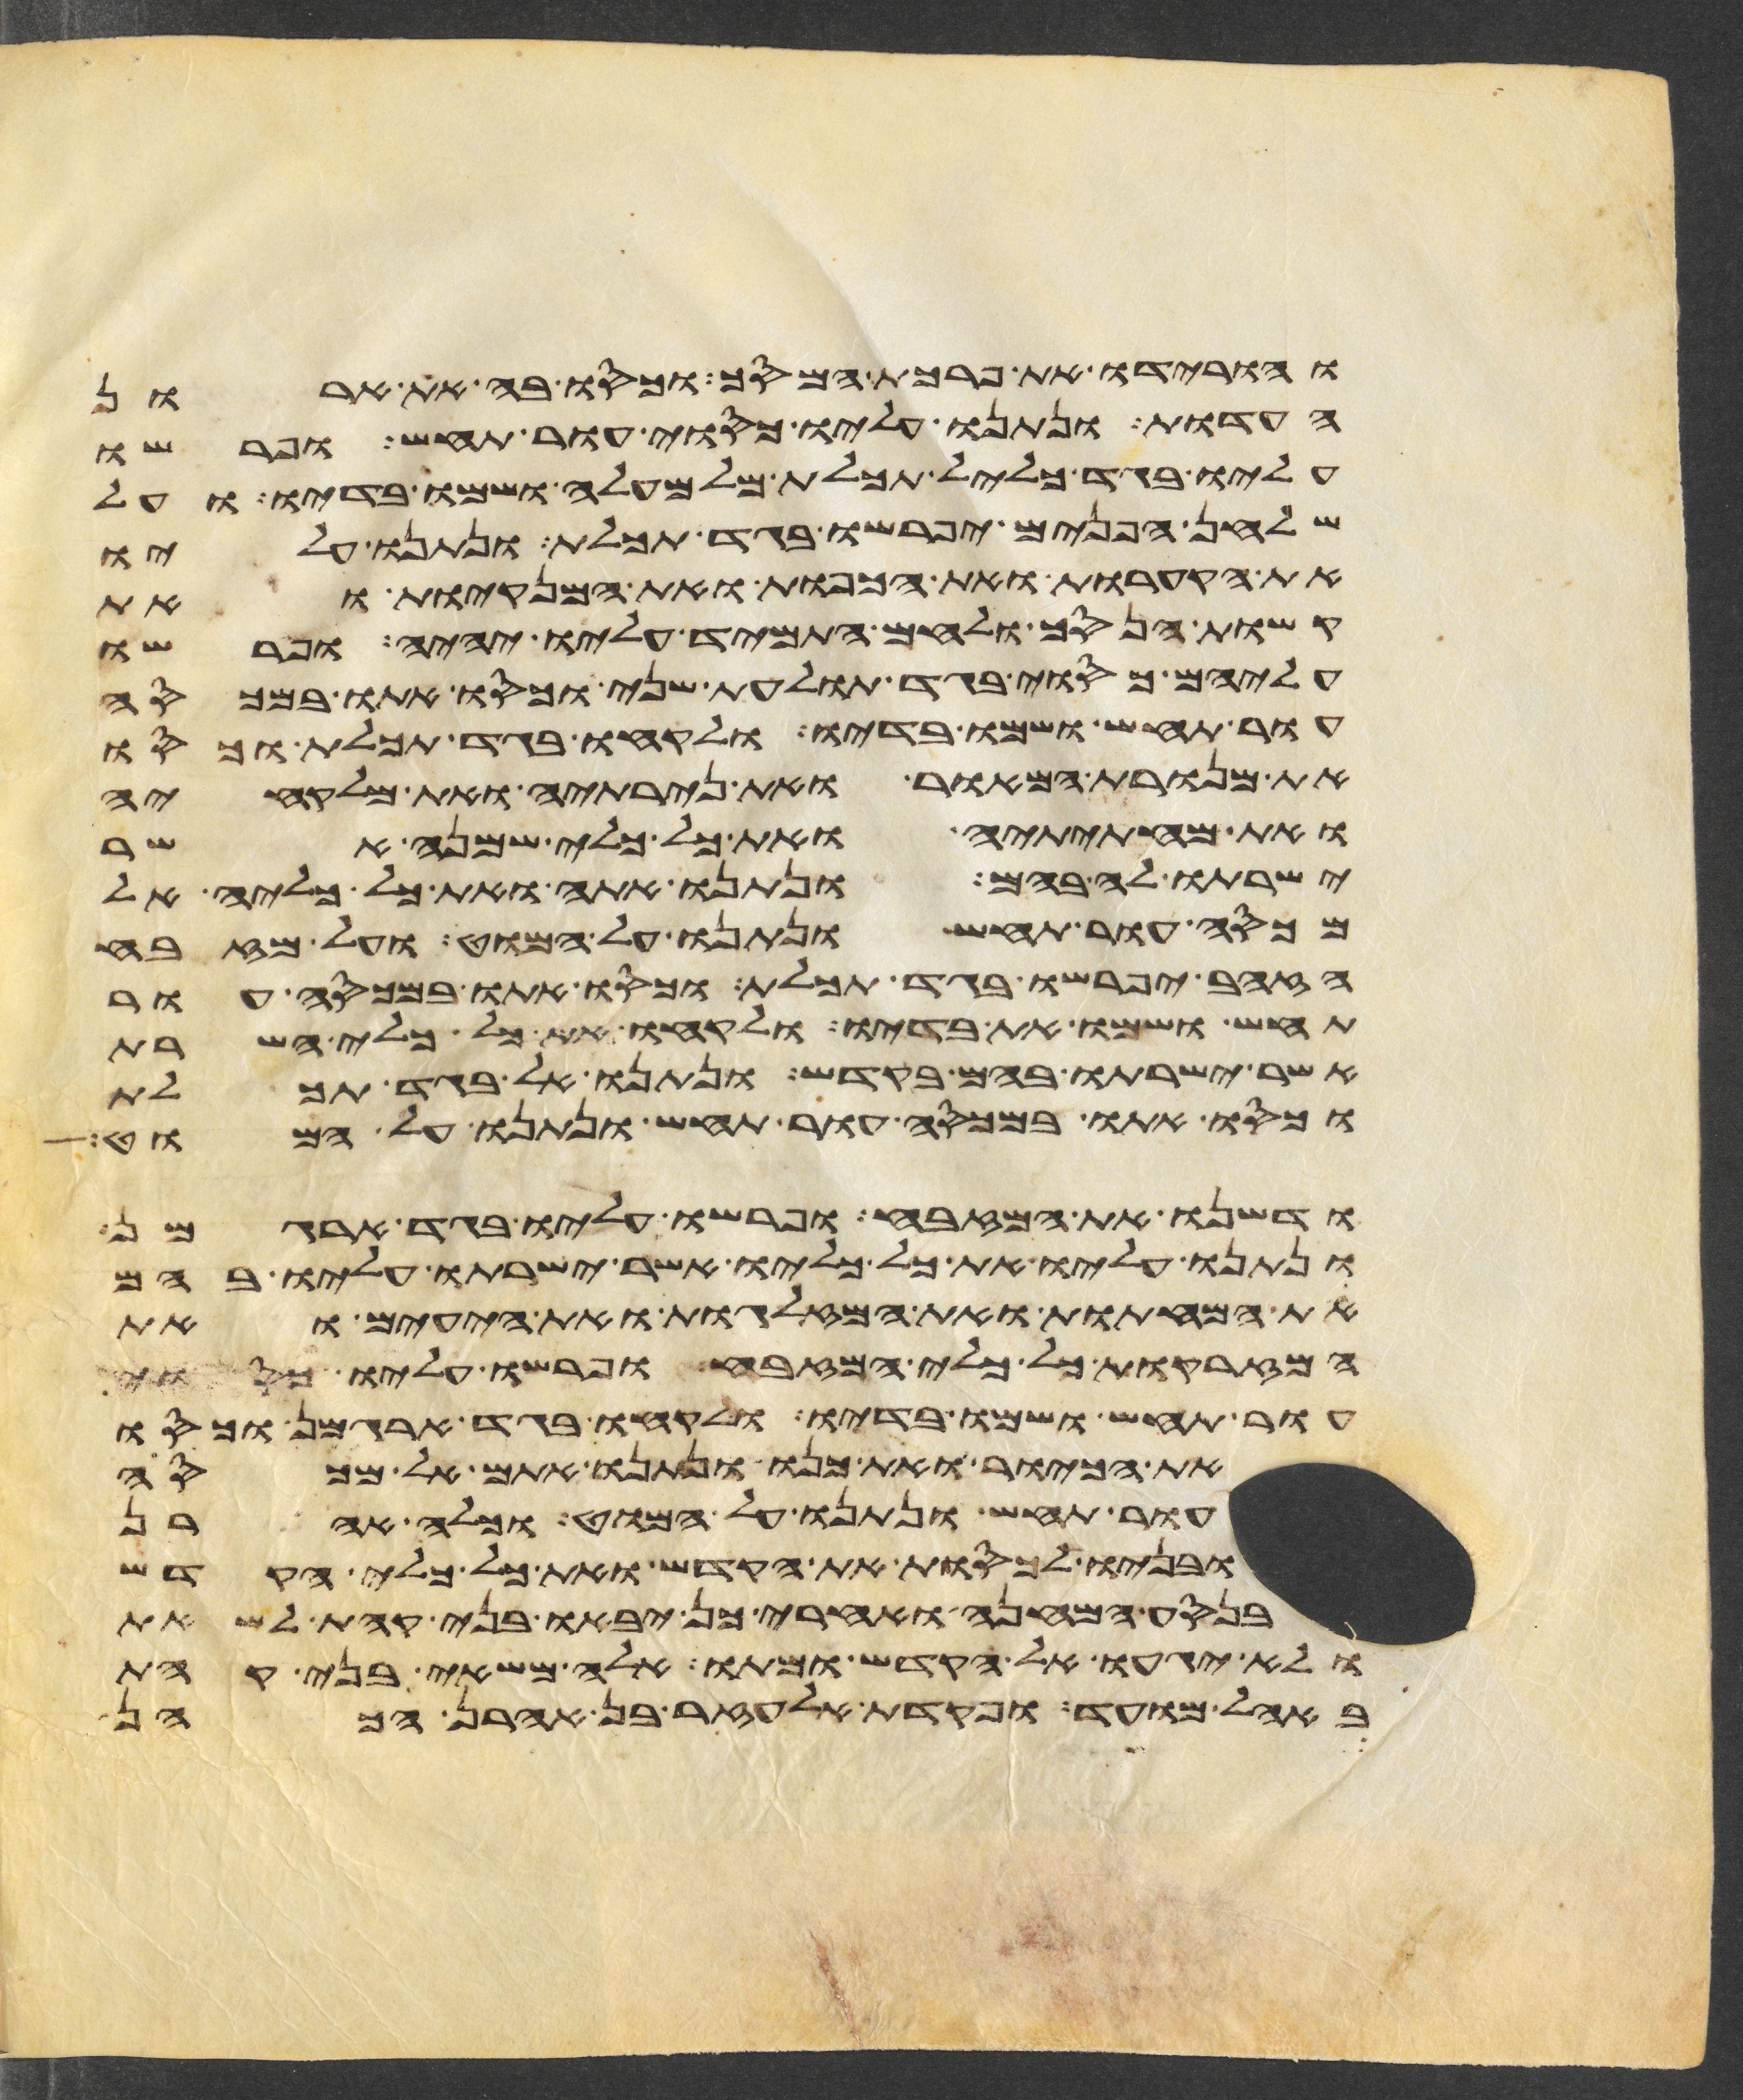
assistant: והורידו את פרכת המסך וכסו בה את ארון
העדות ונתנו עליו כסוי עור תחש ופרשו
עליו בגד כליל תכלת מלמעלה ושמו בדיו ועל
שלחן הפנים יפרשו בגד תכלת ונתנו עליו
את הקערות ואת הכפות ואת המנקיות ואת
קשות הנסך ולחם התמיד עליו יהיה ופרשו
עליהם כסוי בגד תולעת שני וכסו אתו במכסה
עור תחש ושמו בדיו ולקחו בגד תכלת וכסו
את מנורת המאור ואת נרתיה ואת מלקחיה
ואת מחתיתיה ואת כל כלי שמנה אשר
ישרתו לה בהם ונתנו אתה ואת כל כליה אל
מכסה עור תחש ונתנו על המוט ועל מזבח
הזהב יפרשו בגד תכלת וכסו אתו במכסה עור
תחש ושמו את בדיו ולקחו את כל כלי השרת
אשר ישרתו בהם בקדש ונתנו אל בגד תכלת
וכסו אתם במכסה עור תחש ונתנו על המוט
ודשנו את המזבח ופרשו עליו בגד ארגמן
ונתנו עליו את כל כליו אשר ישרתו עליו בהם
את המחתות ואת המזלגות ואת היעים ואת
המזרקות כל כלי המזבח ופרשו עליו כסוי
עור תחש ושמו בדיו ולקחו בגד ארגמן וכסו
את הכיור ואת כנו ונתנו אתם אל מכסה
עור תחש ונתנו על המוט וכלה אהרן
ובניו לכסות את הקדש ואת כל כלי הקדש
בנסע המחנה ואחרי כן יבאו בני קהת לשאת
ולא יגעו אל הקדש ומתו אלה משאי בני קהת
באהל מועד ופקדת אלעזר בן אהרן הכהן